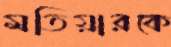
মতিয়ারকে